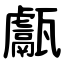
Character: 甗